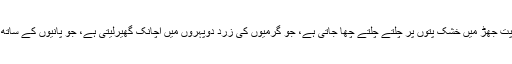
یہ کچھ ایسی اداسی تھی جو پت جھڑ میں خشک پتوں پر چلتے چلتے چھا جاتی ہے، جو گرمیوں کی زرد دوپہروں میں اچانک گھیرلیتی ہے، جو پانیوں کے ساتھ ساتھ چلتےتعاقب کرتی ہے۔